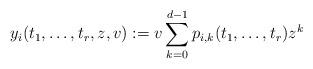
LaTeX: \begin{align*}y_i(t_1,\ldots, t_r,z,v):=v\sum_{k=0}^{d-1}p_{i,k}(t_1,\ldots,t_{r})z^k\end{align*}